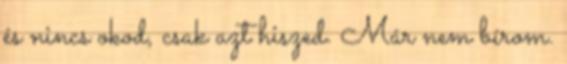
és nincs okod, csak azt hiszed. Már nem bírom.